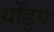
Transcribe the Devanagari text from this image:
थोंडुप